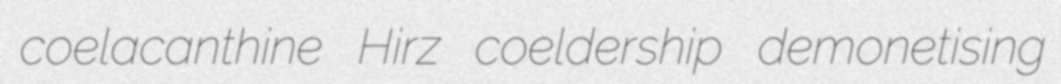
coelacanthine Hirz coeldership demonetising